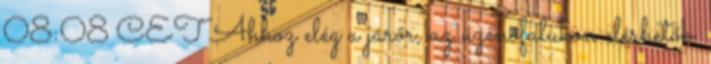
08:08 CET Ahhoz elég a járőr, az üzenőfalukon elérhetők.